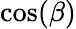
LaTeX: \cos(\beta)